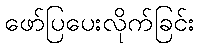
ဖော်ပြပေးလိုက်ခြင်း